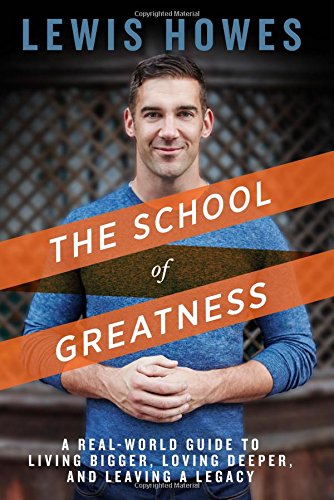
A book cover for The School of Greatness: A Real-World Guide to Living Bigger, Loving Deeper, and Leaving a Legacy; Lewis Howes; Self-Help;